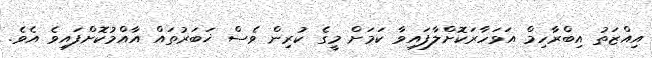
އިއްޒަތު އިބްރާހިމް އަވަހާރަކޮށްލާފައިވާ ކަމަށް މީގެ ކުރިން ވެސް ޚަބަރުތައް އާއްމުކޮށްފައިވެ އެވެ.